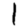
Digit: 1